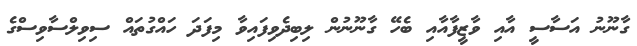
ގާނޫނު އަސާސީ އާއި ވާޒީފާއާއި ބެހޭ ގާނޫނުން ލިބިދެވިފައިވާ މިފަދަ ހައްގުތައް ސިވިލްސާވިސްގެ